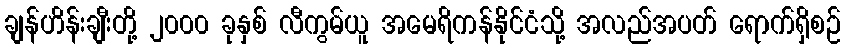
ချန်ဟိန်းချီးတို့ ၂၀၀၀ ခုနှစ် လီကွမ်ယူ အမေရိကန်နိုင်ငံသို့ အလည်အပတ် ရောက်ရှိစဉ်